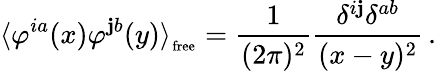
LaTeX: \langle\varphi^{ia}(x)\varphi^{\mathbf{j}b}(y)\rangle_{_{\mathrm{{free}}}}=\frac{{1}}{{(2\pi)^{2}}}\frac{{\delta^{i\mathbf{j}}\delta^{ab}}}{{(x-y)^{2}}}\, .